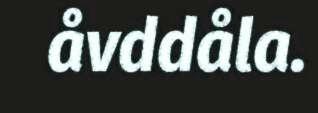
åvddåla.